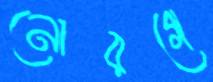
নোরগে